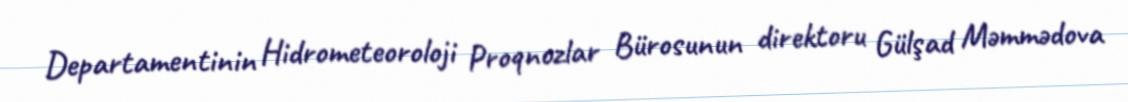
Departamentinin Hidrometeoroloji Proqnozlar Bürosunun direktoru Gülşad Məmmədova